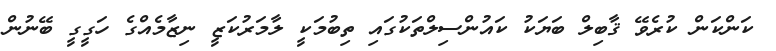
ކަންކަން ކުރެވޭ ޤާބިލް ބަޔަކު ކައުންސިލްތަކުގައި ތިބުމަކީ ލާމަރުކަޒީ ނިޒާމެއްގެ ހަގީގީ ބޭނުން